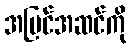
အပြင်အဆင်ကို